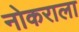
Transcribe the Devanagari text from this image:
नोकराला